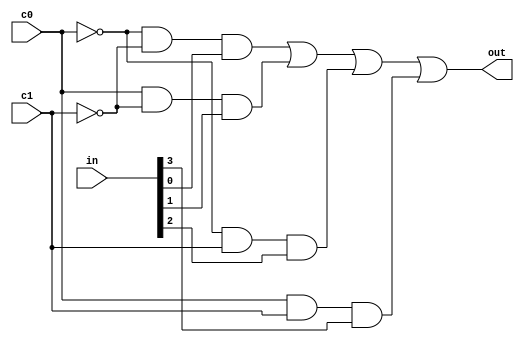
module mux4(out,in,c1,c0);
	input [3:0] in;
	input c0,c1;
	output out;
	wire c0neg,c1neg;
  	assign c0neg=~c0;
    assign c1neg=~c1;
    assign out = (c0neg&c1neg&in[0]) | (c0&c1neg&in[1]) | (c0neg&c1&in[2]) | (c0&c1&in[3]);
endmodule

module flipflop(q,qneg,d,clock);
	output q,qneg;
	input d,clock;
	reg q,qneg;
	initial
		begin
			q = 1'b0;
			qneg = 1'b1;
		end
	always@(posedge clock)
	begin
		q<=d;
		qneg=!d;
	end
endmodule

module logic_tile(out,clock,in1,in2,in3,in4,in5);
	input clock,in1,in2,in3,in4,in5;
	output out;
	wire [9:0] temp;
	reg result,out;
	reg [32:0] mem;
	genvar i;
	generate for(i=0;i<=7;i=i+1)
	    begin: level1mux
			mux4 m1(temp[i],mem[4*i+3:4*i],in2,in1);
		end
	endgenerate
	mux4 m2(temp[8],temp[3:0],in4,in3);
	mux4 m3(temp[9],temp[7:4],in4,in3);
	always@(*)
		begin
			if(in5)
			result = temp[9];
			else
			result = temp[8];
		end
	wire syncresult,syncresultneg;
	flipflop f1(syncresult,syncresultneg,result,clock);
	always@(*)
		begin
			if(mem[32])
			out=syncresult;
			else
			out=result;
		end
endmodule
	
module switch_box_4x4(out,in);
	input [3:0] in;
	output [3:0] out;
	reg [15:0] configure;
	assign out[0]=(configure[0]&in[0])|(configure[1]&in[1])|(configure[2]&in[2])|(configure[3]&in[3]);
	assign out[1]=(configure[4]&in[0])|(configure[5]&in[1])|(configure[6]&in[2])|(configure[7]&in[3]);
	assign out[2]=(configure[8]&in[0])|(configure[9]&in[1])|(configure[10]&in[2])|(configure[11]&in[3]);
	assign out[3]=(configure[12]&in[0])|(configure[13]&in[1])|(configure[14]&in[2])|(configure[15]&in[3]);
endmodule

module fpga(out,in,clock);
	input [8:0] in;
	output [4:0] out;
	input clock;
	wire [19:0] A;
	switch_box_4x4 sb_11(A[3:0],{in[5],in[6],in[7],in[8]});
	switch_box_4x4 sb_12(A[7:4],{in[1],in[2],in[3],in[4]});
	switch_box_4x4 sb_13(A[11:8],{in[0],in[1],in[5],in[4]});
	switch_box_4x4 sb_14(A[15:12],{in[6],in[2],in[3],in[5]});
	switch_box_4x4 sb_15(A[19:16],{in[3],in[4],in[7],in[8]});
	wire [2:0] B;
	logic_tile lt_21(B[0],clock,A[8],A[5],A[4],A[1],A[0]);
	logic_tile lt_22(B[1],clock,A[9],A[7],A[6],A[3],A[2]);
	logic_tile lt_23(B[2],clock,A[13],A[12],A[10],A[7],A[6]);
	wire [15:0] D;
	switch_box_4x4 sb_31(D[3:0],{A[15],B[2],B[1],B[0]});
	switch_box_4x4 sb_32(D[7:4],A[19:16]);
	switch_box_4x4 sb_33(D[11:8],{A[17],A[16],B[1],B[0]});
	switch_box_4x4 sb_34(D[15:12],{A[19],A[18],A[15],B[2]});
	wire [2:0] E;
	logic_tile lt_41(E[0],clock,D[8],D[5],D[4],D[1],D[0]);
	logic_tile lt_42(E[1],clock,D[9],D[7],D[6],D[3],D[2]);
	logic_tile lt_43(E[2],clock,D[14],D[13],D[12],D[11],D[10]);
	wire [4:0] F;
	logic_tile lt_51(F[0],clock,D[15],E[2],F[0],E[1],E[0]);
	logic_tile lt_52(F[1],clock,E[2],F[1],F[0],E[1],E[0]);
	logic_tile lt_53(F[2],clock,F[2],F[1],F[0],E[1],E[2]);
	logic_tile lt_54(F[3],clock,F[2],F[1],F[0],D[15],E[2]);
	logic_tile lt_55(F[4],clock,A[19],F[4],F[3],D[15],E[2]);
	wire [7:0] G;
	switch_box_4x4 sb_61(G[3:0],{F[4],F[2],E[1],E[0]});
	switch_box_4x4 sb_62(G[7:4],{F[1],F[0],B[1],B[0]});
	assign out = {G[0],G[1],G[4],G[5],E[2]};
endmodule